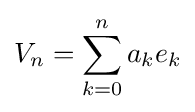
V_{n}=\sum _{k=0}^{n}a_{k}e_{k}